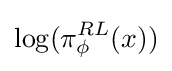
\log(\pi _{\phi }^{RL}(x))